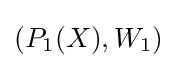
(P_{1}(X),W_{1})